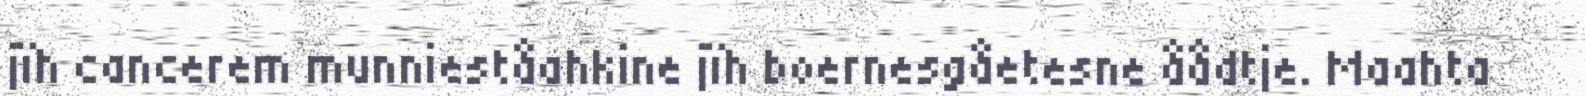
jïh cancerem munnieståahkine jïh boernesgåetesne åådtje. Maahta